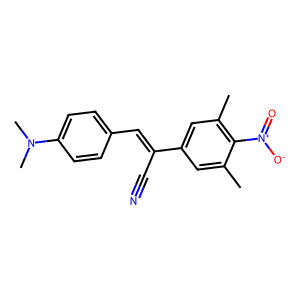
SMILES: Cc1cc(C(C#N)=Cc2ccc(N(C)C)cc2)cc(C)c1[N+](=O)[O-]
Inhibits HIV replication: No